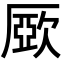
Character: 𣣾